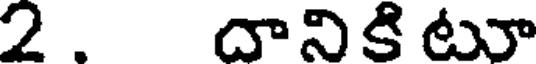
2 . దానికి టూ